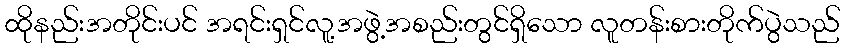
ထိုနည်းအတိုင်းပင် အရင်းရှင်လူ့အဖွဲ့အစည်းတွင်ရှိသော လူတန်းစားတိုက်ပွဲသည်